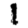
Digit: 1